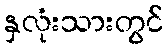
နှလုံးသားတွင်